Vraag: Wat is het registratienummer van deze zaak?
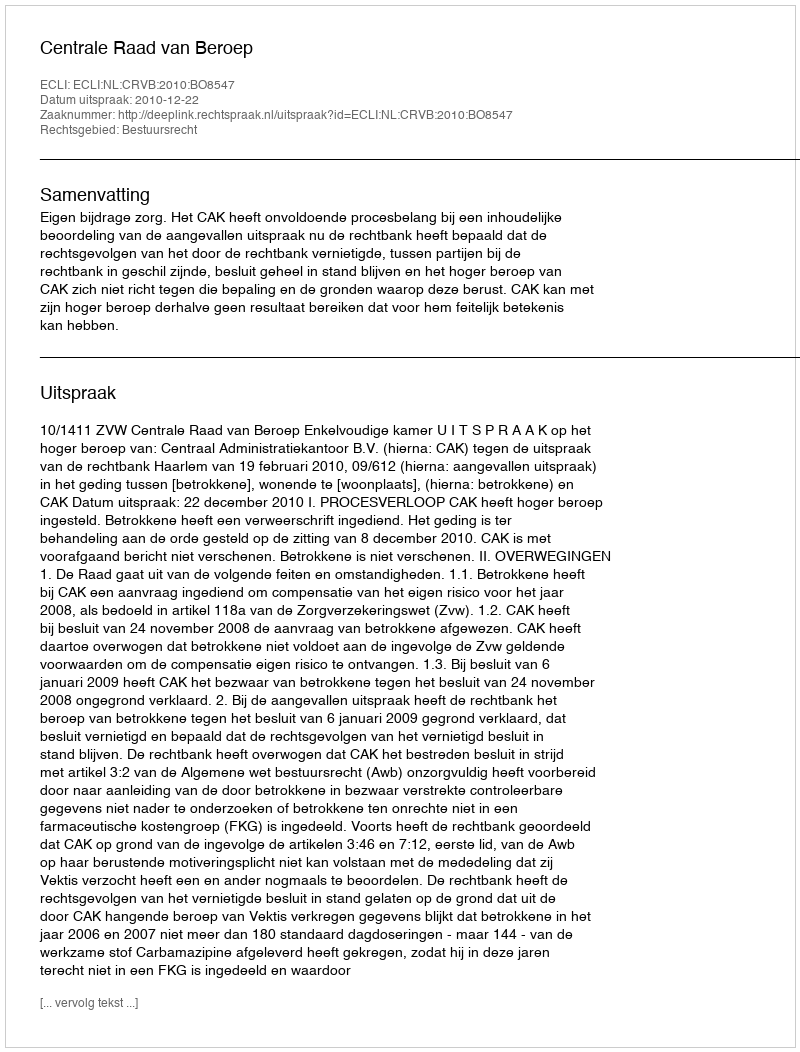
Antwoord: http://deeplink.rechtspraak.nl/uitspraak?id=ECLI:NL:CRVB:2010:BO8547